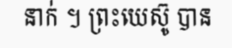
នាក់ ។ ព្រះយេស៊ូ បាន